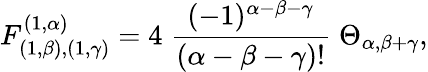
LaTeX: F_{(1,\beta),(1,\gamma)}^{(1,\alpha)}=4\; \frac{(-1)^{\alpha-\beta-\gamma}}{(\alpha-\beta-\gamma)!}\; \Theta_{\alpha,\beta+\gamma},